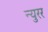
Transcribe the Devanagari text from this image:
न्युरर